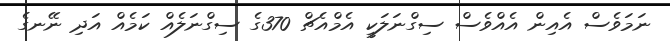
ނަމަވެސް އެއިން އެއްވެސް ސިގްނަލަކީ އެމްއެޗް 370ގެ ސިގްނަލެއް ކަމެއް އަދި ނޭނގެ